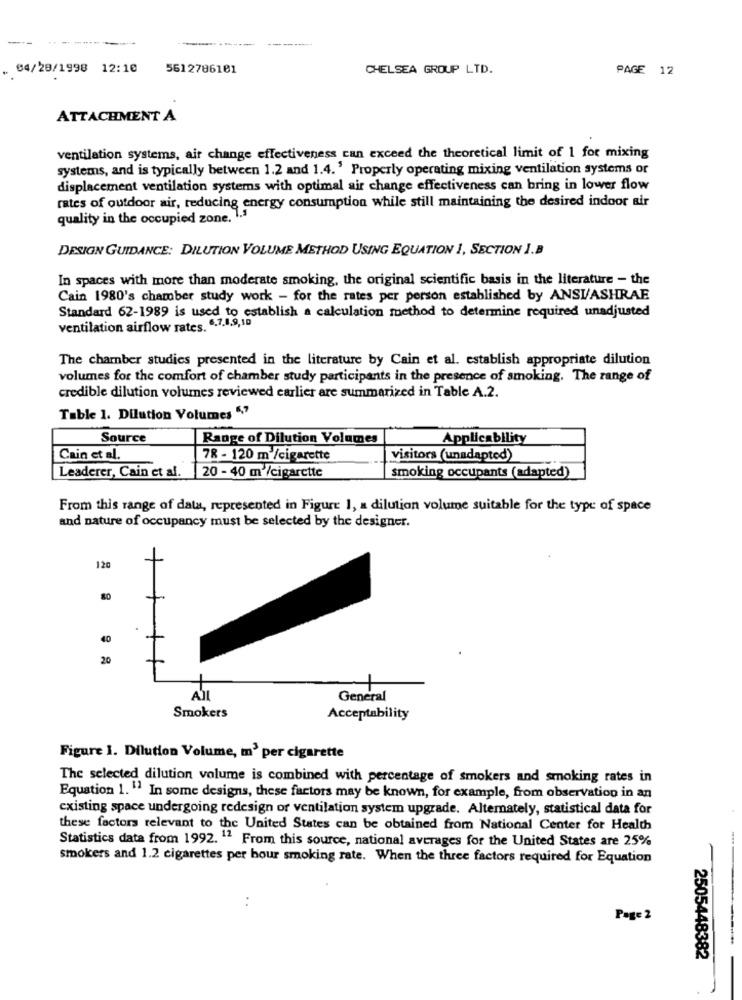
------
04/29/1998 12:10
5612786101
CHELSEA GROUP LTD.
PAGE 12
ATTACHMENT A
ventilation systems, air change effectiveness can exceed the theoretical limit of 1 for mixing
systems, and is typically between 1.2 and 1.4. ' Properly operating mixing ventilation systems or
displacement ventilation systems with optimal air change effectiveness can bring in lower flow
rates of outdoor air, reducing energy consumption while still maintaining the desired indoor air
quality in the occupied zone.'
DESIGN GUIDANCE: DILUTION VOLUME METHOD USING EQUATION 1, SECTION I.B
In spaces with more than moderate smoking, the original scientific basis in the literature - the
Cain 1980's chamber study work - for the rates per person established by ANSI/ASHRAE
Standard 62-1989 is used to establish a calculation method to determine required unadjusted
ventilation airflow rates. 6.7.1,9,10
The chamber studies presented in the literature by Cain et al. establish appropriate dilution
volumes for the comfort of chamber study participants in the presence of smoking. The range of
credible dilution volumes reviewed earlier are summarized in Table A.2.
Table 1. Dilution Volumes ","
Source
Range of Dilution Volumes
Applicability
Cain et al.
78 - 120 m /cigarette
visitors (unadapted)
Leaderer, Cain et al.
20 - 40 m /cigarette
smoking occupants (adapted)
From this range of data, represented in Figure 1, a dilution volume suitable for the type of space
and nature of occupancy must be selected by the designer.
120
40
20
All
General
Smokers
Acceptability
Figure I. Dilution Volume, m' per cigarette
The selected dilution volume is combined with percentage of smokers and smoking rates in
Equation 1." In some designs, these factors may be known, for example, from observation in an
existing space undergoing redesign or ventilation system upgrade. Alternately, statistical data for
these factors relevant to the United States can be obtained from National Center for Health
Statistics data from 1992. 12 From this source, national averages for the United States are 25%
smokers and 1.2 cigarettes per hour smoking rate. When the three factors required for Equation
. .
Page 2
2505448382